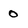
Character: 0